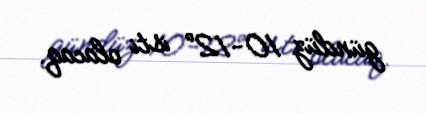
gündüz 10-12° isti olacaq.